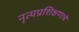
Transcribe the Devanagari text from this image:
नृत्यप्रशिक्षणाचे